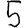
Digit: 5